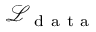
\mathcal { L } _ { \mathrm { ~ d ~ a ~ t ~ a ~ } }